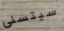
سيتسنى